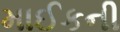
માઈકની